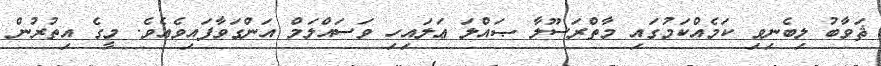
ޘަވާބު ލިބެނިވި ކަމެއްކަމުގައި މާތްރަސޫލާ ޞައްލަ ޢަލައިހި ވަސައްލަމް އަންގަވާފައިވެއެވެ. މީގެ އިތުރުން